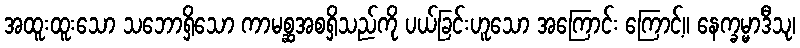
အထူးထူးသော သဘောရှိသော ကာမစ္ဆအစရှိသည်ကို ပယ်ခြင်းဟူသော အကြောင်း ကြောင့်။ နေက္ခမ္မာဒီသု၊